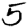
Digit: 5